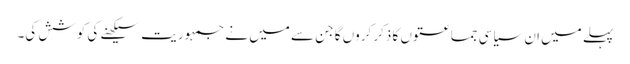
پہلے میں ان سیاسی جماعتوں کا ذکر کروں گا جن سے میں نے جمہوریت سیکھنے کی کوشش کی۔